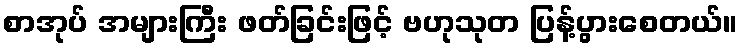
စာအုပ် အများကြီး ဖတ်ခြင်းဖြင့် ဗဟုသုတ ပြန့်ပွားစေတယ်။